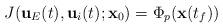
LaTeX: \begin{align*} J(\textbf{u}_E(t),\textbf{u}_i(t);\textbf{x}_0)=\Phi_p(\textbf{x}(t_f))\end{align*}